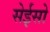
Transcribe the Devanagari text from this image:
सेईसो